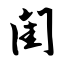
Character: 闺